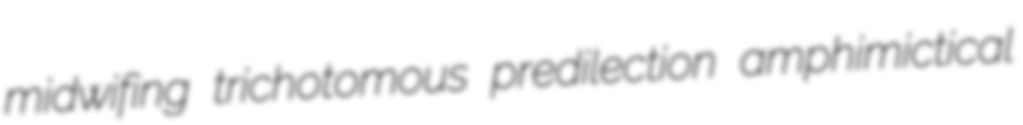
midwifing trichotomous predilection amphimictical